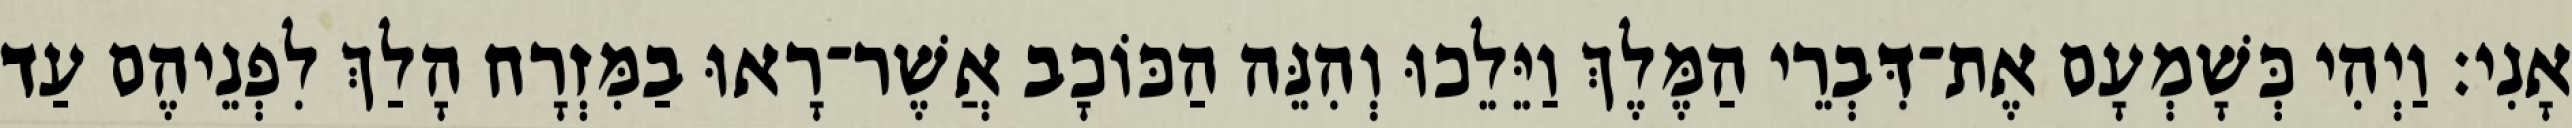
אָנִי׃ וַיְהִי כְּשָׁמְעָם אֶת־דִּבְרֵי הַמֶּלֶךְ וַיֵּלֵכוּ וְהִנֵּה הַכּוֹכָב אֲשֶׁר־רָאוּ בַמִּזְרָח הָלַךְ לִפְנֵיהֶם עַד